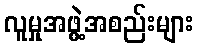
လူမှုအဖွဲ့အစည်းများ